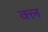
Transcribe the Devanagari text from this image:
क्ल